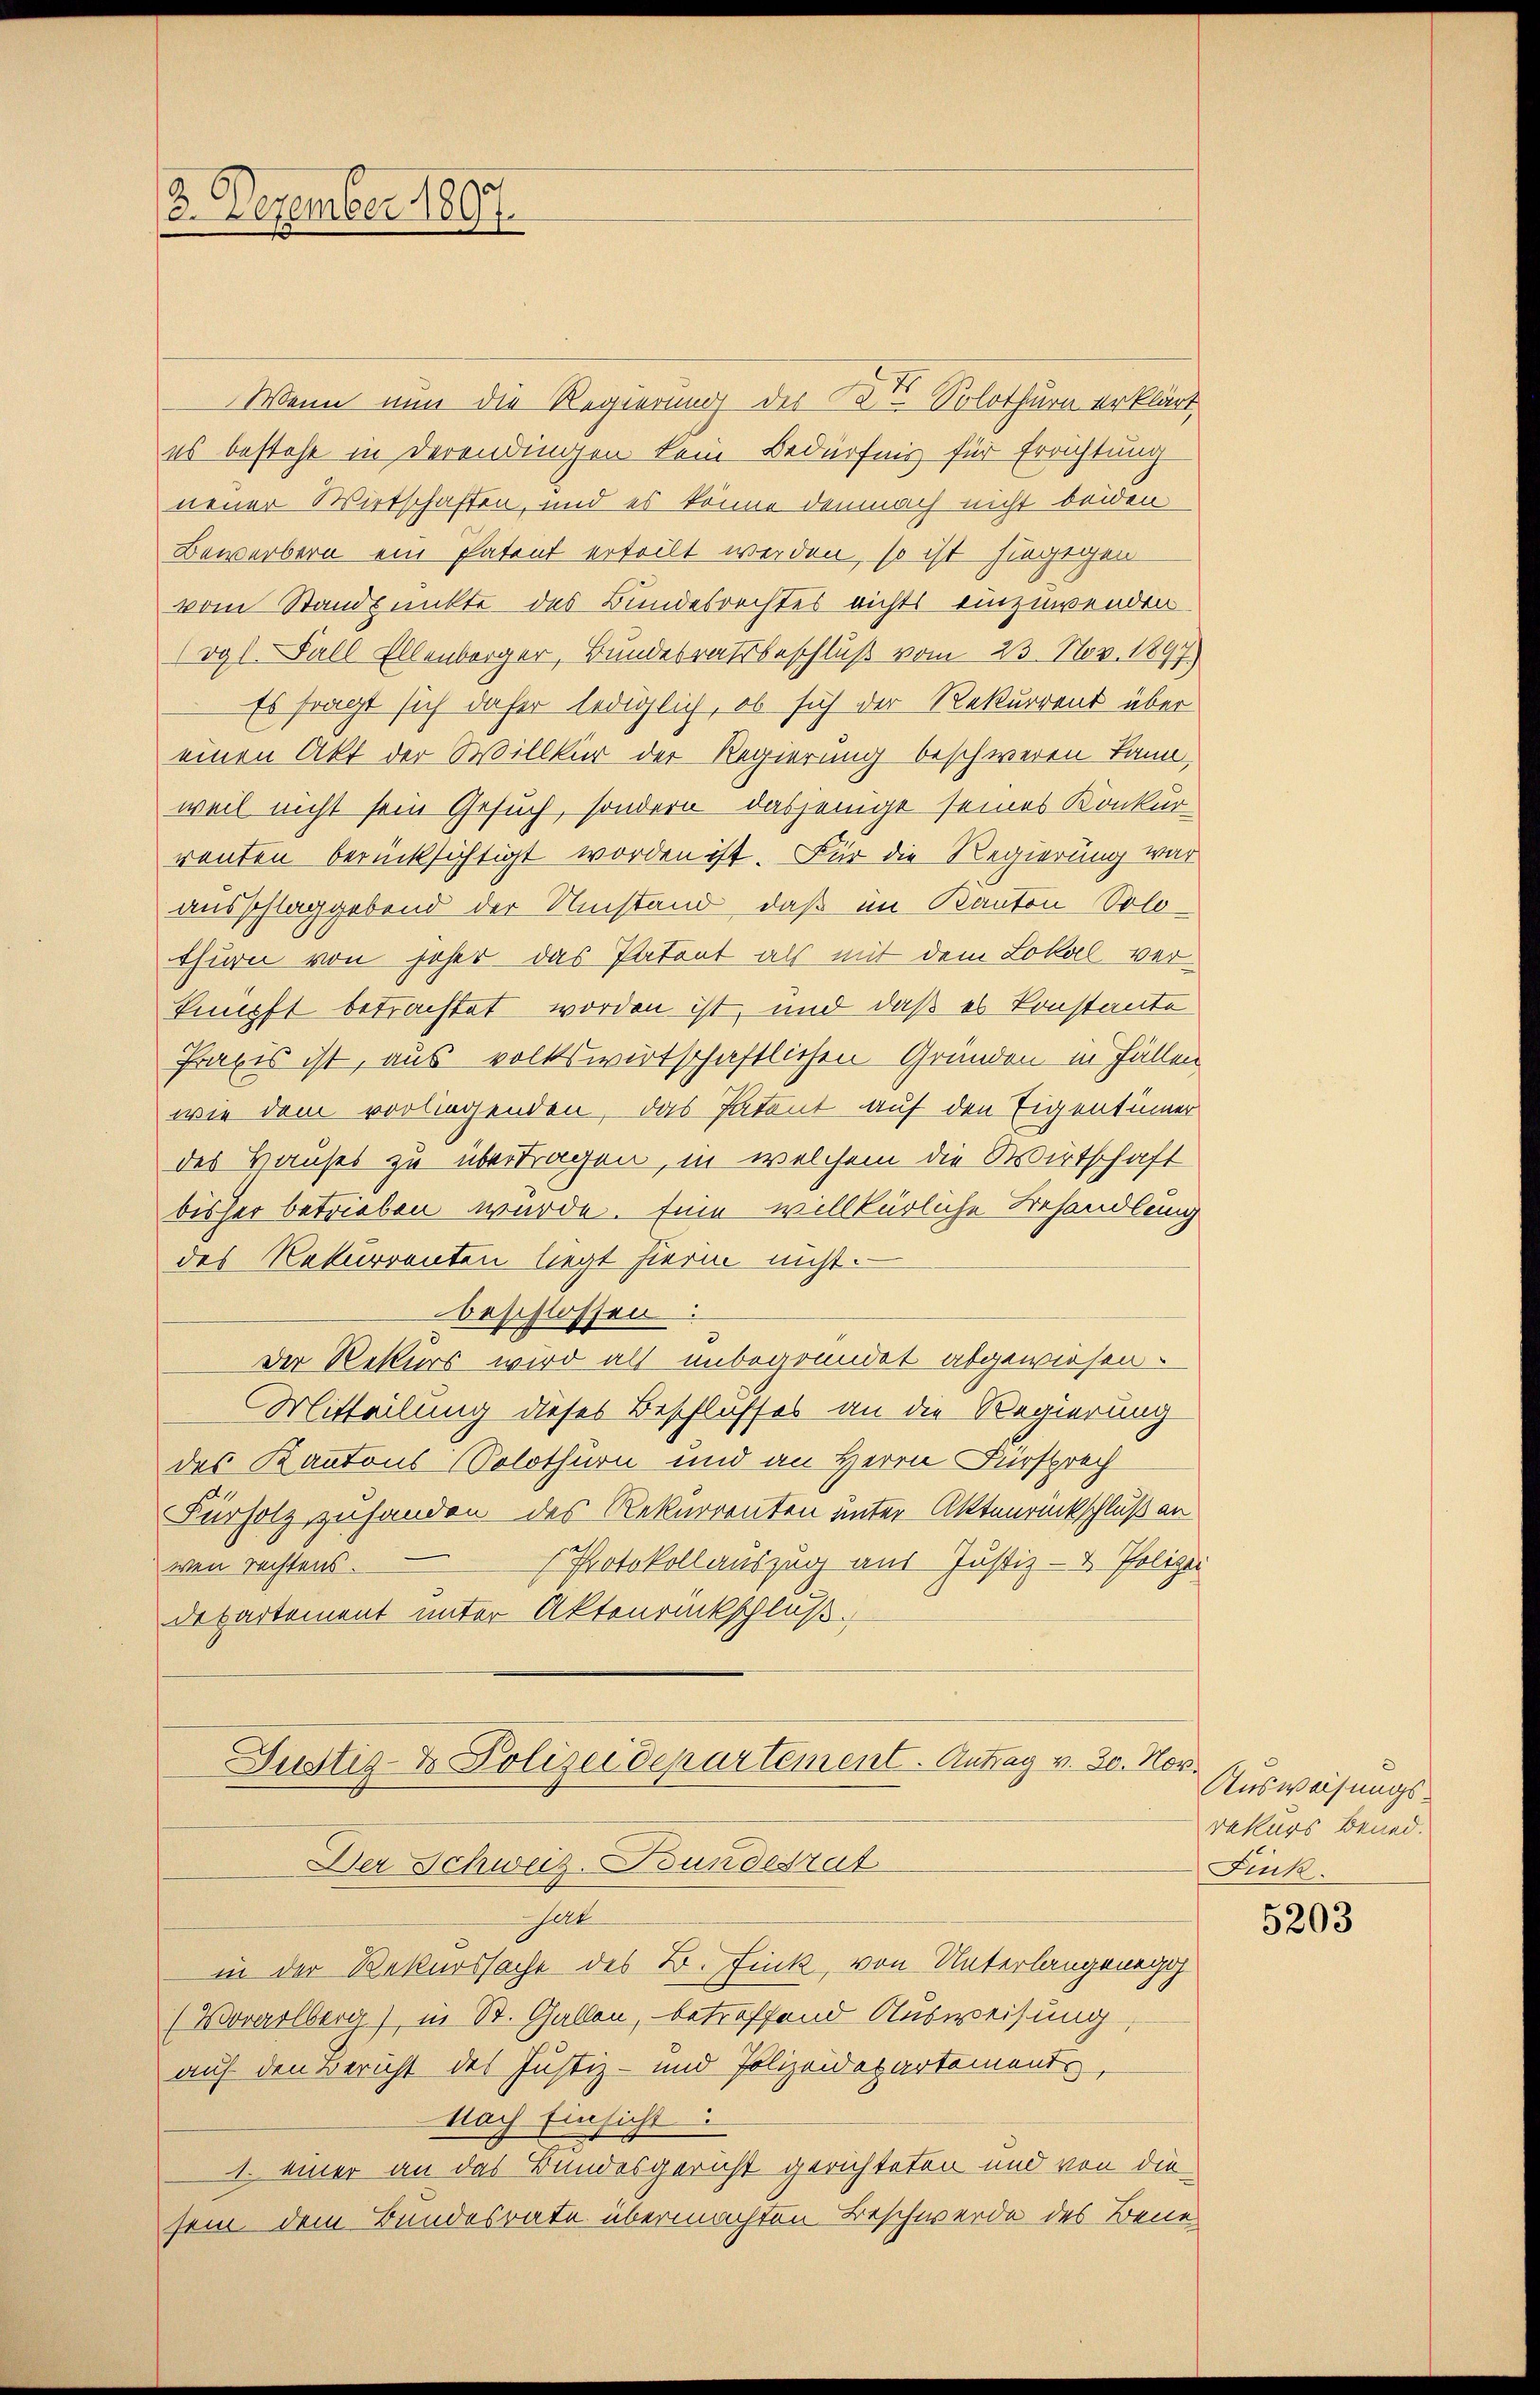
8. Dezember 1890.

Wenn nun die Regierung der B. - Solothurn erklärt
es bestehe in derendingen kein Bedürfnis für Errichtung
neuer Wirtschaften, und es könne demnach nicht beiden
Bewerbern ein Patent erteilt werden, so ist hingegen
vom Standpunkte des Bundesrechtes nichts einzuwenden.
vgl. Ball Ellenberger, Bundesratsbeschluß vom 23. Nov. 1897.
Es fragt sich daher lediglich, ob sich der Rekurrent über
einen Akt der Willkür der Regierung beschweren kann,
weil nicht sein Gesuch, sondern dasjenige seines Konkur-
renten berücksichtigt worden ist. Für die Regierung war
ausschlaggebend der Umstand, daß im Kanton Solo-
thurn von jeher das Patent als mit dem Lokal verkunft betrachtet worden ist, und daß es konstante
Praxis ist, aus volkswirtschaftlichen Gründen in Fällen
wie dem vorliegenden, das Patent auf den Eigentümer
des Hauses zu übertragen, in welchem die Wirtschaft
bisher betrieben wurde. Eine willkürliche Behandlung
des Rekurrenten liegt hierin nicht.
beschlossen:
Der Rekurs wird als unbegründet abgewiesen.
Mitteilung dieses Beschlusses an die Regierung
des Kantons Solothurn und an Herrn Fürsprech
Fürholz zuhanden des Rekurrenten unter Aktenrückschluß an
Protokollauszug aus Justiz- & Polizei
wen rechtens.
Departement unter Aktenrückschluß.

alk
in der Rekurssache des B. Fink, von Unterlangenego
(Vorarlberg), in St. Gallen, betreffend Ausweisung,
auf den Bericht des Justiz- und Polizeidepartement,
Nach Einsicht:
1. einer an das Bundesgericht gerichteten und von die
sein dem Bundesrate übermachten Beschwerde des Bene

Justiz- & Polizeidepartement. Antrag v. 30. Nov.
Der Schweiz. Bundesrat

Ausweisungsrekurs Bened.
Fink

5203